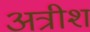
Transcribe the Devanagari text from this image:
अत्रीश